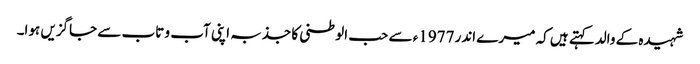
شہیدہ کے والدکہتے ہیں کہ میرے اندر 1977ء سے حب الوطنی کا جذبہ اپنی آب و تاب سے جاگزیں ہوا۔